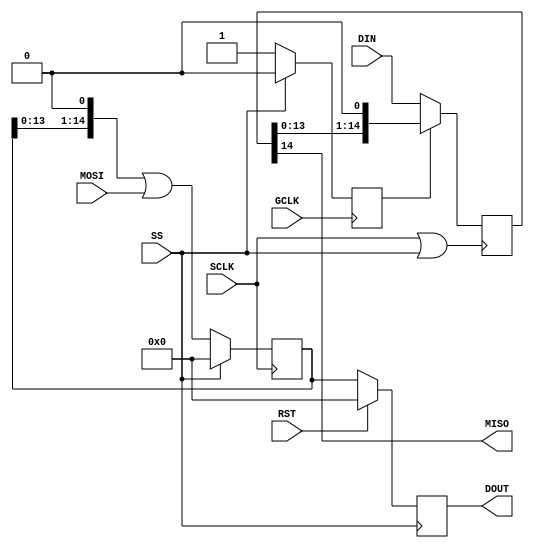
module SPI_SLAVE#
    (
    parameter integer m = 15 // Data packet size
    )
    (
    input wire RST,
    input wire GCLK,
    input wire SCLK,
    output wire MISO,
    input wire MOSI,
    input wire SS,
    input wire [m-1:0] DIN,
    output reg [m-1:0] DOUT
    );
    
    reg [m-1:0] RXSHIFT = 0;
    reg [m-1:0] TXSHIFT = 0;
    reg in_progress = 1'b0;

    assign MISO = TXSHIFT[m-1];

    wire foo;
    assign foo = SCLK | SS;    
    always @(negedge foo) begin
        if (in_progress == 1'b1) begin
            TXSHIFT <= TXSHIFT<<1;
        end
        else begin
            TXSHIFT <= DIN;
        end
    end
    
    always @(posedge GCLK) begin
        in_progress <= (SS == 1'b1) ? 1'b0 : 1'b1;
    end
    
    always @(posedge SS) begin
        DOUT <= (RST == 1'b1) ? 0 : RXSHIFT;
    end
    
    always @(posedge SCLK) begin
        RXSHIFT <= (SS == 1'b1) ? 0 : RXSHIFT<<1 | MOSI;
    end
endmodule